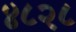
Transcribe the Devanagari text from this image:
४८२८